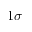
1 \sigma